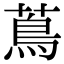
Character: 蔦